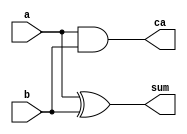
`timescale 1ns / 1ps
//////////////////////////////////////////////////////////////////////////////////
// Company: 
// Engineer: 
// 
// Design Name: 
// Module Name: half_adder
// Project Name: 
// Target Devices: 
// Tool Versions: 
// Description: 
// 
// Dependencies: 
// 
// Revision:
// Revision 0.01 - File Created
// Additional Comments:
// 
//////////////////////////////////////////////////////////////////////////////////

module half_adder(
    input a,b,
    output sum,ca
);
    xor u1(sum,a,b);
    and u2(ca,a,b);


endmodule